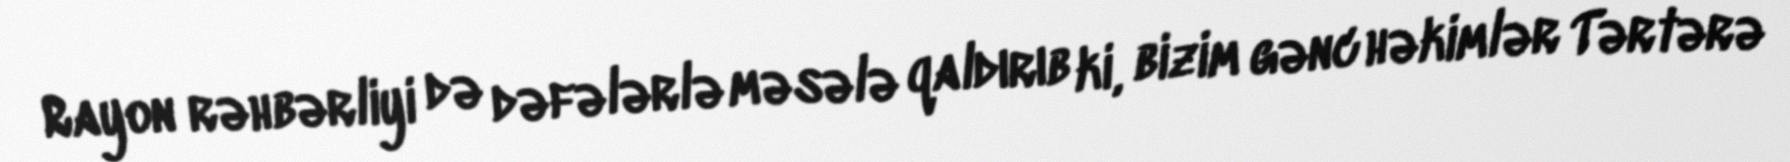
Rayon rəhbərliyi də dəfələrlə məsələ qaldırıb ki, bizim gənc həkimlər Tərtərə